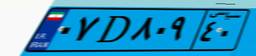
۰۷D۸۰۹۴۰